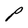
Character: P